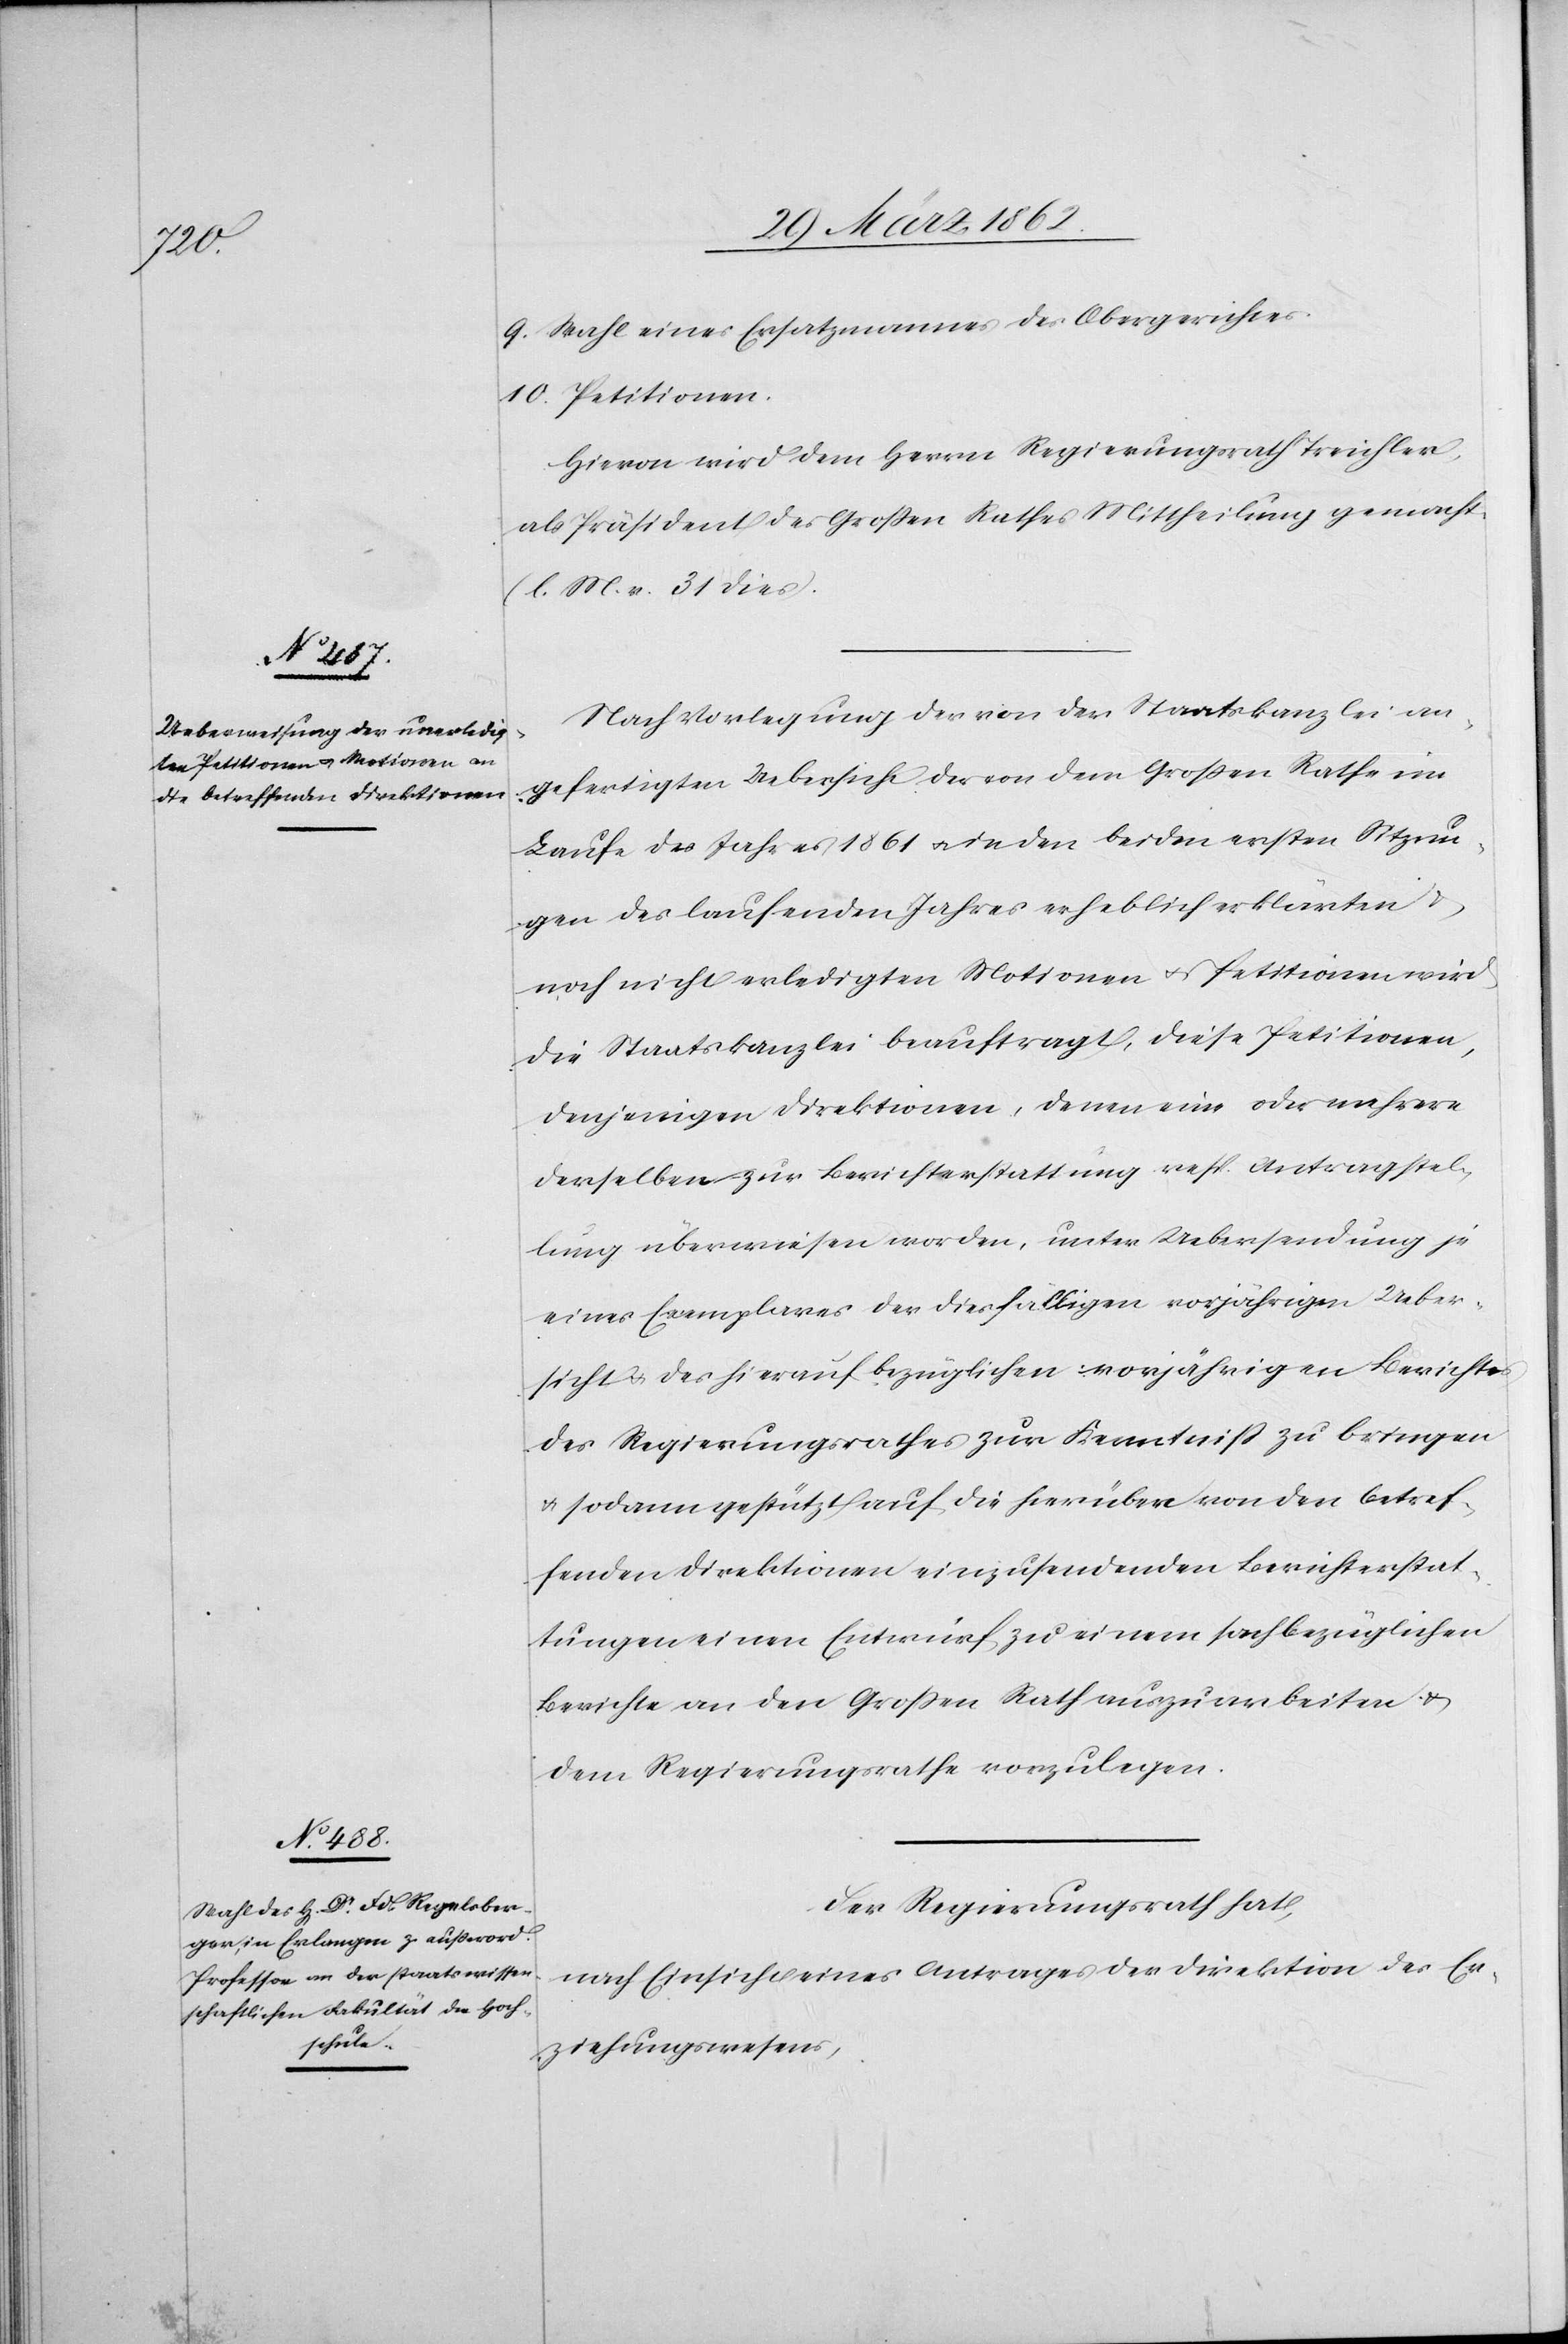
9. Wahl eines Ersatzmannes des Obergerichtes
10. Petitionen.
Hievon wird dem Herrn Regierungsrath Treichler,
als Präsident des Großen Rathes Mittheilung gemacht.
(l. M. v. 31 dies).
Nach Vorlegung der von der Staatskanzlei an¬
gefertigten Uebersicht der von dem Großen Rathe im
Laufe des Jahres 1861 u. in den beiden ersten Sitzun¬
gen des laufenden Jahres erheblich erklärten &
noch nicht erledigten Motionen u. Petitionen wird
die Staatskanzlei beauftragt, diese Petitionen,
denjenigen Direktionen, denen eine oder mehrere
derselben zur Berichterstattung resp. Antragstel¬
lung überwiesen worden, unter Uebersendung je
eines Exemplars der diesfälligen vorjährigen Ueber¬
sicht u. des hierauf bezüglichen vorjährigen Berichtes
des Regierungsrathes zur Kenntniß zu bringen
u. sodann gestützt auf die hierüber von den betref¬
fenden Direktionen einzusendenden Berichterstat¬
tungen einen Entwurf zu einem sachbezüglichen
Berichte an den Großen Rath auszuarbeiten &
dem Regierungsrathe vorzulegen.
Der Regierungsrath hat,
nach Einsicht eines Antrages der Direktion des Er¬
ziehungswesens,